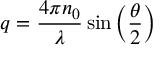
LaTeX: \ q = { \frac { 4 \pi n _ { 0 } } { \lambda } } \sin \left( { \frac { \theta } { 2 } } \right)